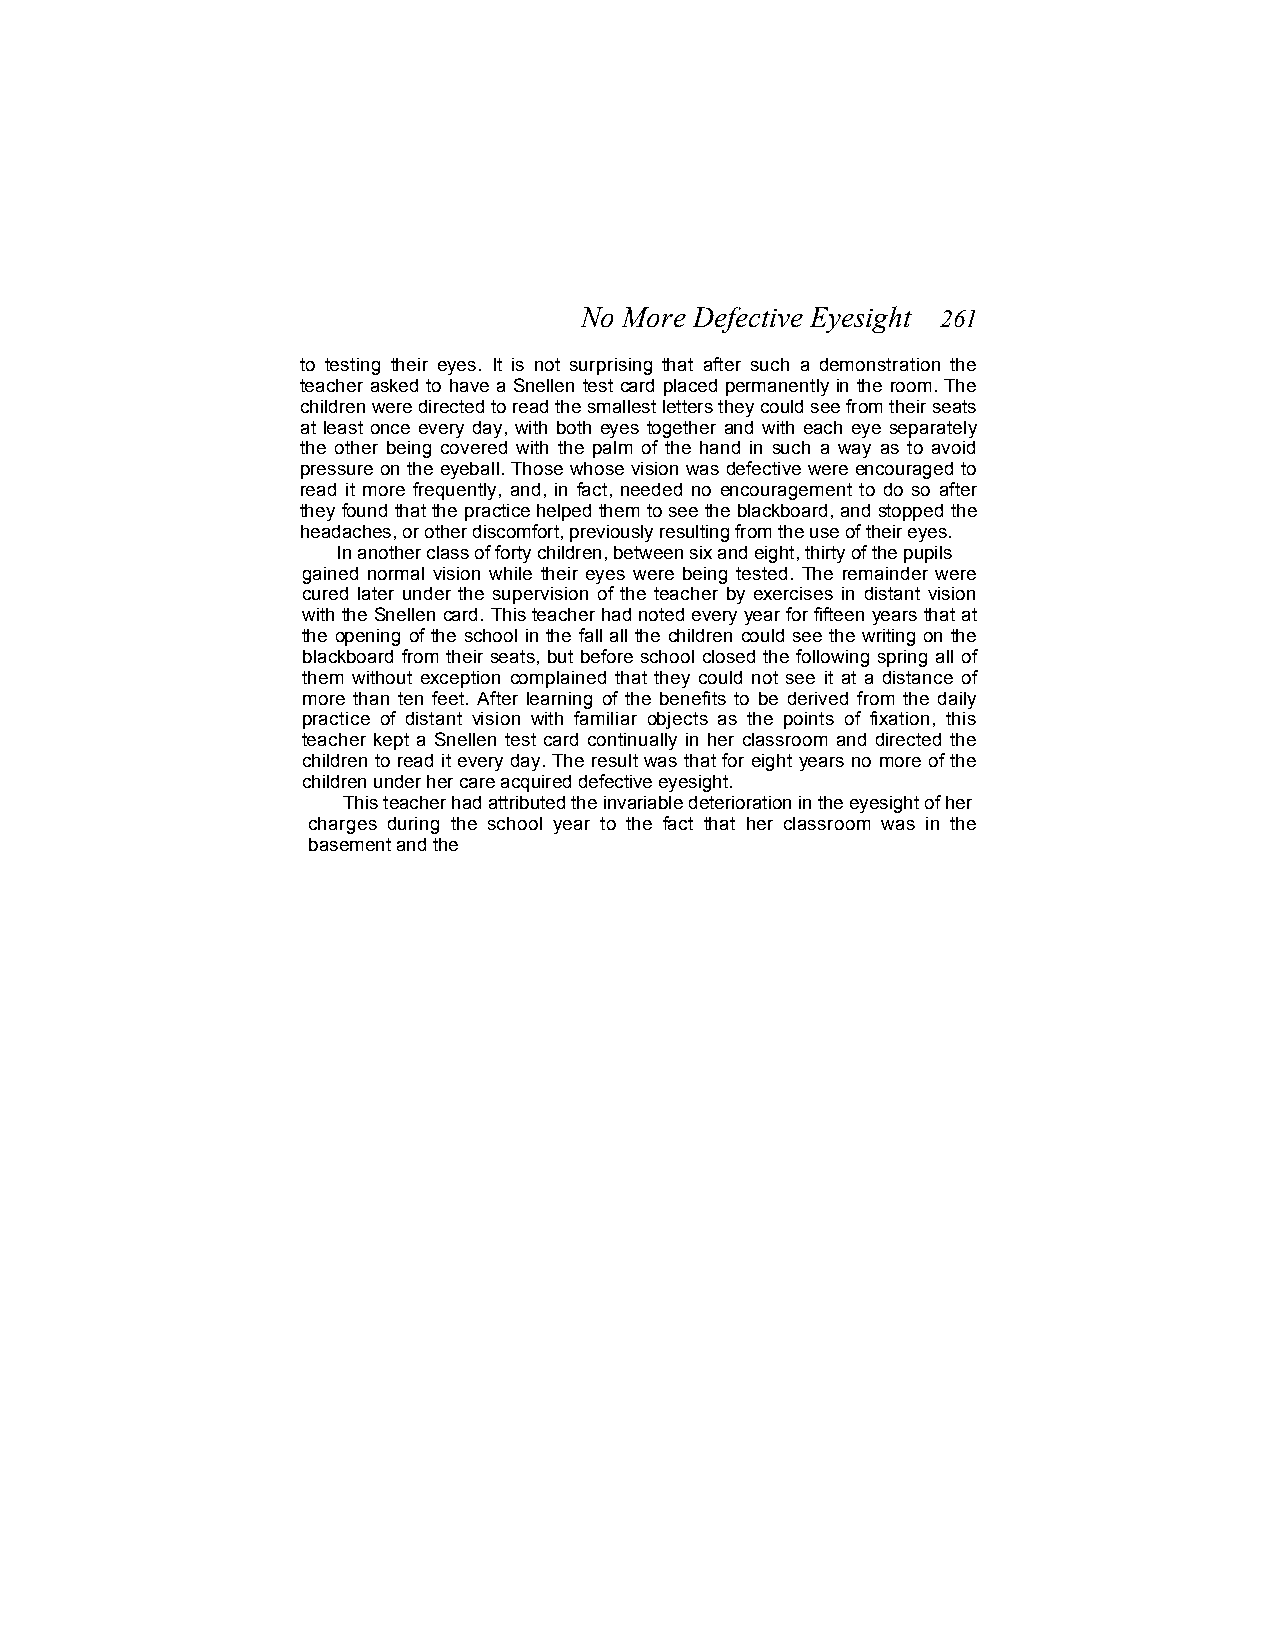
No More Defective Eyesight 261
 to testing their eyes. It is not surprising that after such a demonstration the
 teacher asked to have a Snellen test card placed permanently in the room. The
 children were directed to read the smallest letters they could see from their seats
 at least once every day, with both eyes together and with each eye separately
 the other being covered with the palm of the hand in such a way as to avoid
 pressure on the eyeball. Those whose vision was defective were encouraged to
 read it more frequently, and, in fact, needed no encouragement to do so after
 they found that the practice helped them to see the blackboard, and stopped the
 headaches, or other discomfort, previously resulting from the use of their eyes.
 In another class of forty children, between six and eight, thirty of the pupils
 gained normal vision while their eyes were being tested. The remainder were
 cured later under the supervision of the teacher by exercises in distant vision
 with the Snellen card. This teacher had noted every year for fifteen years that at
 the opening of the school in the fall all the children could see the writing on the
 blackboard from their seats, but before school closed the following spring all of
 them without exception complained that they could not see it at a distance of
 more than ten feet. After learning of the benefits to be derived from the daily
 practice of distant vision with familiar objects as the points of fixation, this
 teacher kept a Snellen test card continually in her classroom and directed the
 children to read it every day. The result was that for eight years no more of the
 children under her care acquired defective eyesight.
 This teacher had attributed the invariable deterioration in the eyesight of her
 charges during the school year to the fact that her classroom was in the
 basement and the